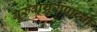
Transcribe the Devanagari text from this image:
गुरुवाय्रुरप्पाच्या